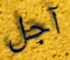
آجل